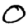
Digit: 0